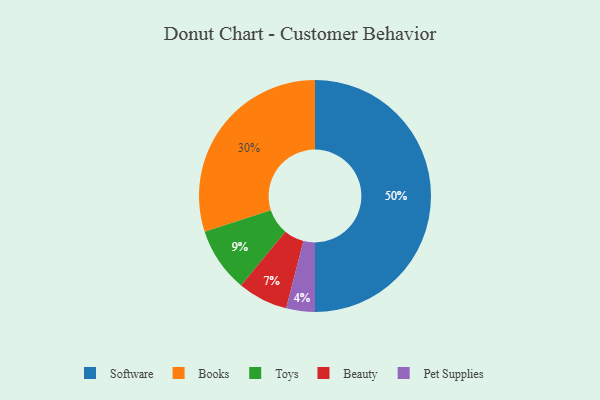
{"axis": {"x": "Category", "y": "Percentage"}, "legend": ["Beauty", "Books", "Pet Supplies", "Software", "Toys"], "data": [{"x": "Pet Supplies", "y": 4, "type": "Pet Supplies"}, {"x": "Books", "y": 30, "type": "Books"}, {"x": "Beauty", "y": 7, "type": "Beauty"}, {"x": "Toys", "y": 9, "type": "Toys"}, {"x": "Software", "y": 50, "type": "Software"}]}